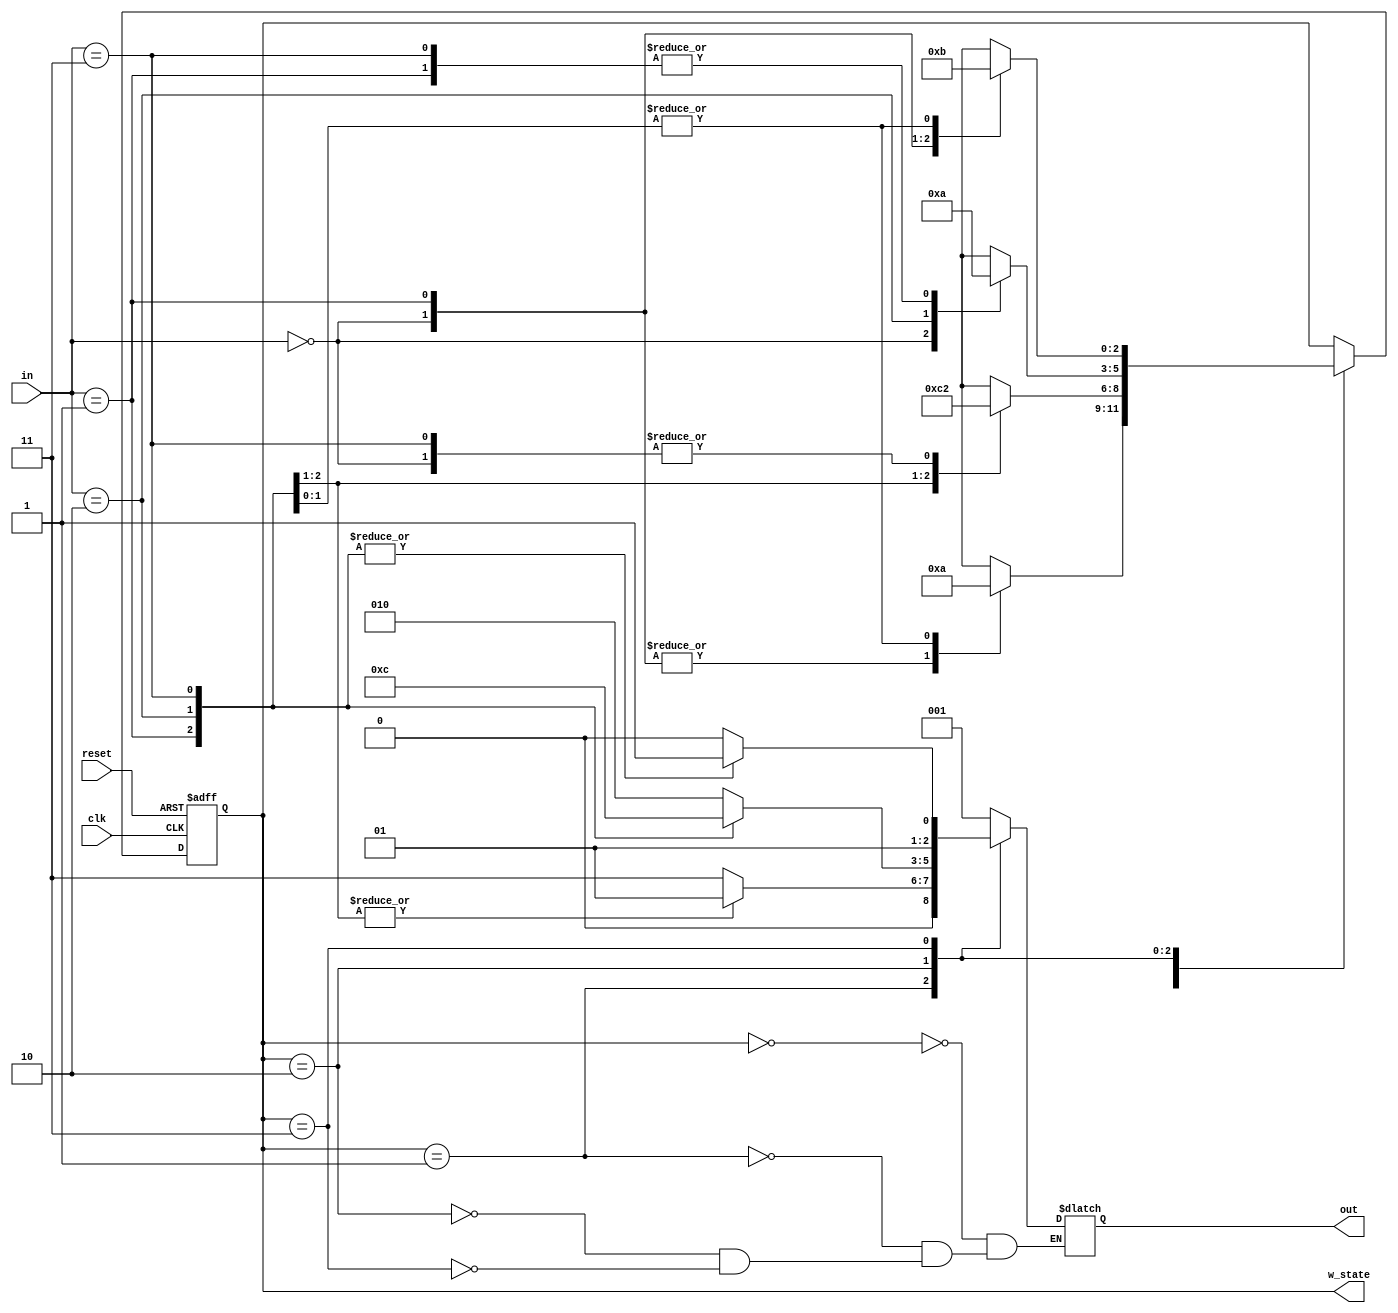
module FSM_Mealy (
	input	clk, reset, input [1:0]in,
	output reg [2:0] out,
	output wire [2:0] w_state);// 

	parameter A0=2'b00, A1=2'b01, A2=2'b10, A3=2'b11;
	parameter S0 = 2'b00, S1 = 2'b01, S2 = 2'b10, S3 = 2'b11;
	parameter Y0=3'b000, Y1=3'b001, Y2=3'b010, Y3=3'b011, Y4=3'b100;
	reg [2:0] state;
	assign w_state = state;//  
	
	always @ (posedge clk or negedge reset) begin
		if (!reset)
			state <= S0;
		else
			case (state)
				S0: begin
						case (in)
							A0: state <= S1;
							A1: state <= S1;
							A2: state <= S2;
							A3: state <= S2;
							default: state <= S0;
						endcase
					end
				S1: begin
						case (in)
							A0: state <= S2;
							A1: state <= S3;
							A2: state <= S0;
							A3: state <= S2;
							default: state <= S0;
						endcase
					end
				S2: begin
						case (in)
							A0: state <= S0;
							A1: state <= S2;
							A2: state <= S1;
							A3: state <= S2;
							default: state <= S0;
						endcase
					end
				S3: begin
						case (in)
							A0: state <= S0;
							A1: state <= S1;
							A2: state <= S3;
							A3: state <= S3;
							default: state <= S0;
						endcase
					end
			endcase
	end

	always @ (state or in)
	begin
		case (state)
			S0: begin
					case (in)
						A0: out <= Y1;
						A1: out <= Y1;
						A2: out <= Y1;
						A3: out <= Y1;
						default: out <= Y0;
					endcase
				end
			S1: begin
					case (in)
						A0: out <= Y3;
						A1: out <= Y1;
						A2: out <= Y1;
						A3: out <= Y3;
						default: out <= Y0;
					endcase
				end
			S2: begin
					case (in)
						A0: out <= Y2;
						A1: out <= Y0;
						A2: out <= Y1;
						A3: out <= Y4;
						default: out <= Y0;
					endcase
				end
			S3: begin
					case (in)
						A0: out <= Y2;
						A1: out <= Y3;
						A2: out <= Y3;
						A3: out <= Y3;
						default: out <= Y0;
					endcase
				end
		endcase
	end
endmodule